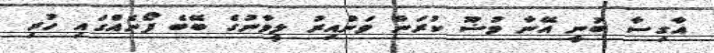
އާގިސާ ބުނީ އޭނާ ވުޟޫ ކުރަން ވަންއިރު ލީވާނުގެ ބޭބެ ފޯނެއްގައި ހުރި